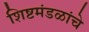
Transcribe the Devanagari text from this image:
शिष्टमंडळांचे